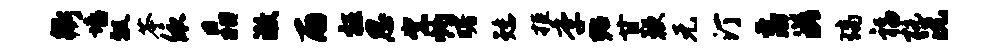
衢墙瓢苓依晶澈雨枉思絮灼曙矮拒季殆甘鞭元汀藩滋璃福杭沅